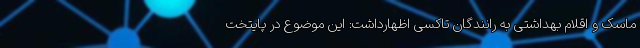
ماسک و اقلام بهداشتی به رانندگان تاکسی اظهارداشت: این موضوع در پایتخت